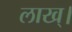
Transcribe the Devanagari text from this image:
लाख्।